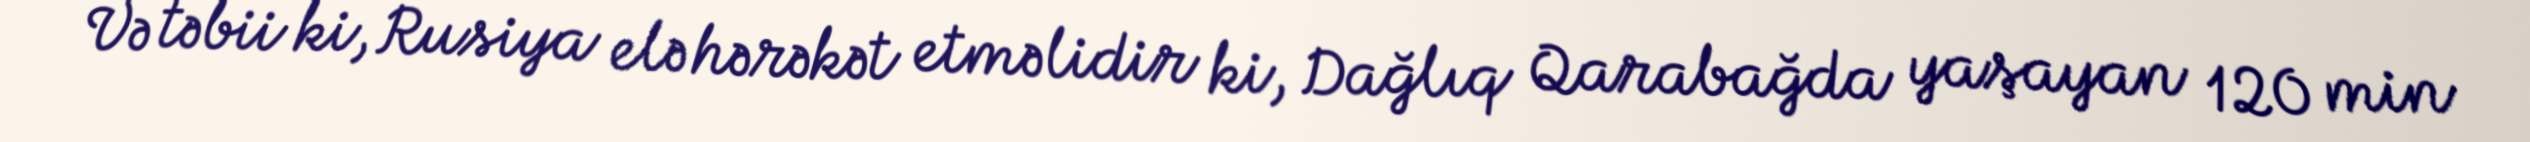
Və təbii ki, Rusiya elə hərəkət etməlidir ki, Dağlıq Qarabağda yaşayan 120 min